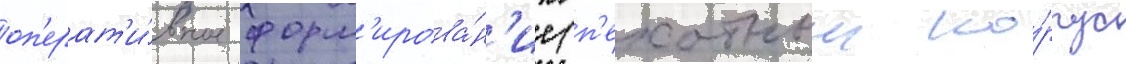
оп'ерат'и́вное форм'ирова́н'ие (п'ехотныи ко́рпус